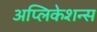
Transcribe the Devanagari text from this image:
अप्लिकेशन्स